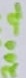
Text: 200Ω